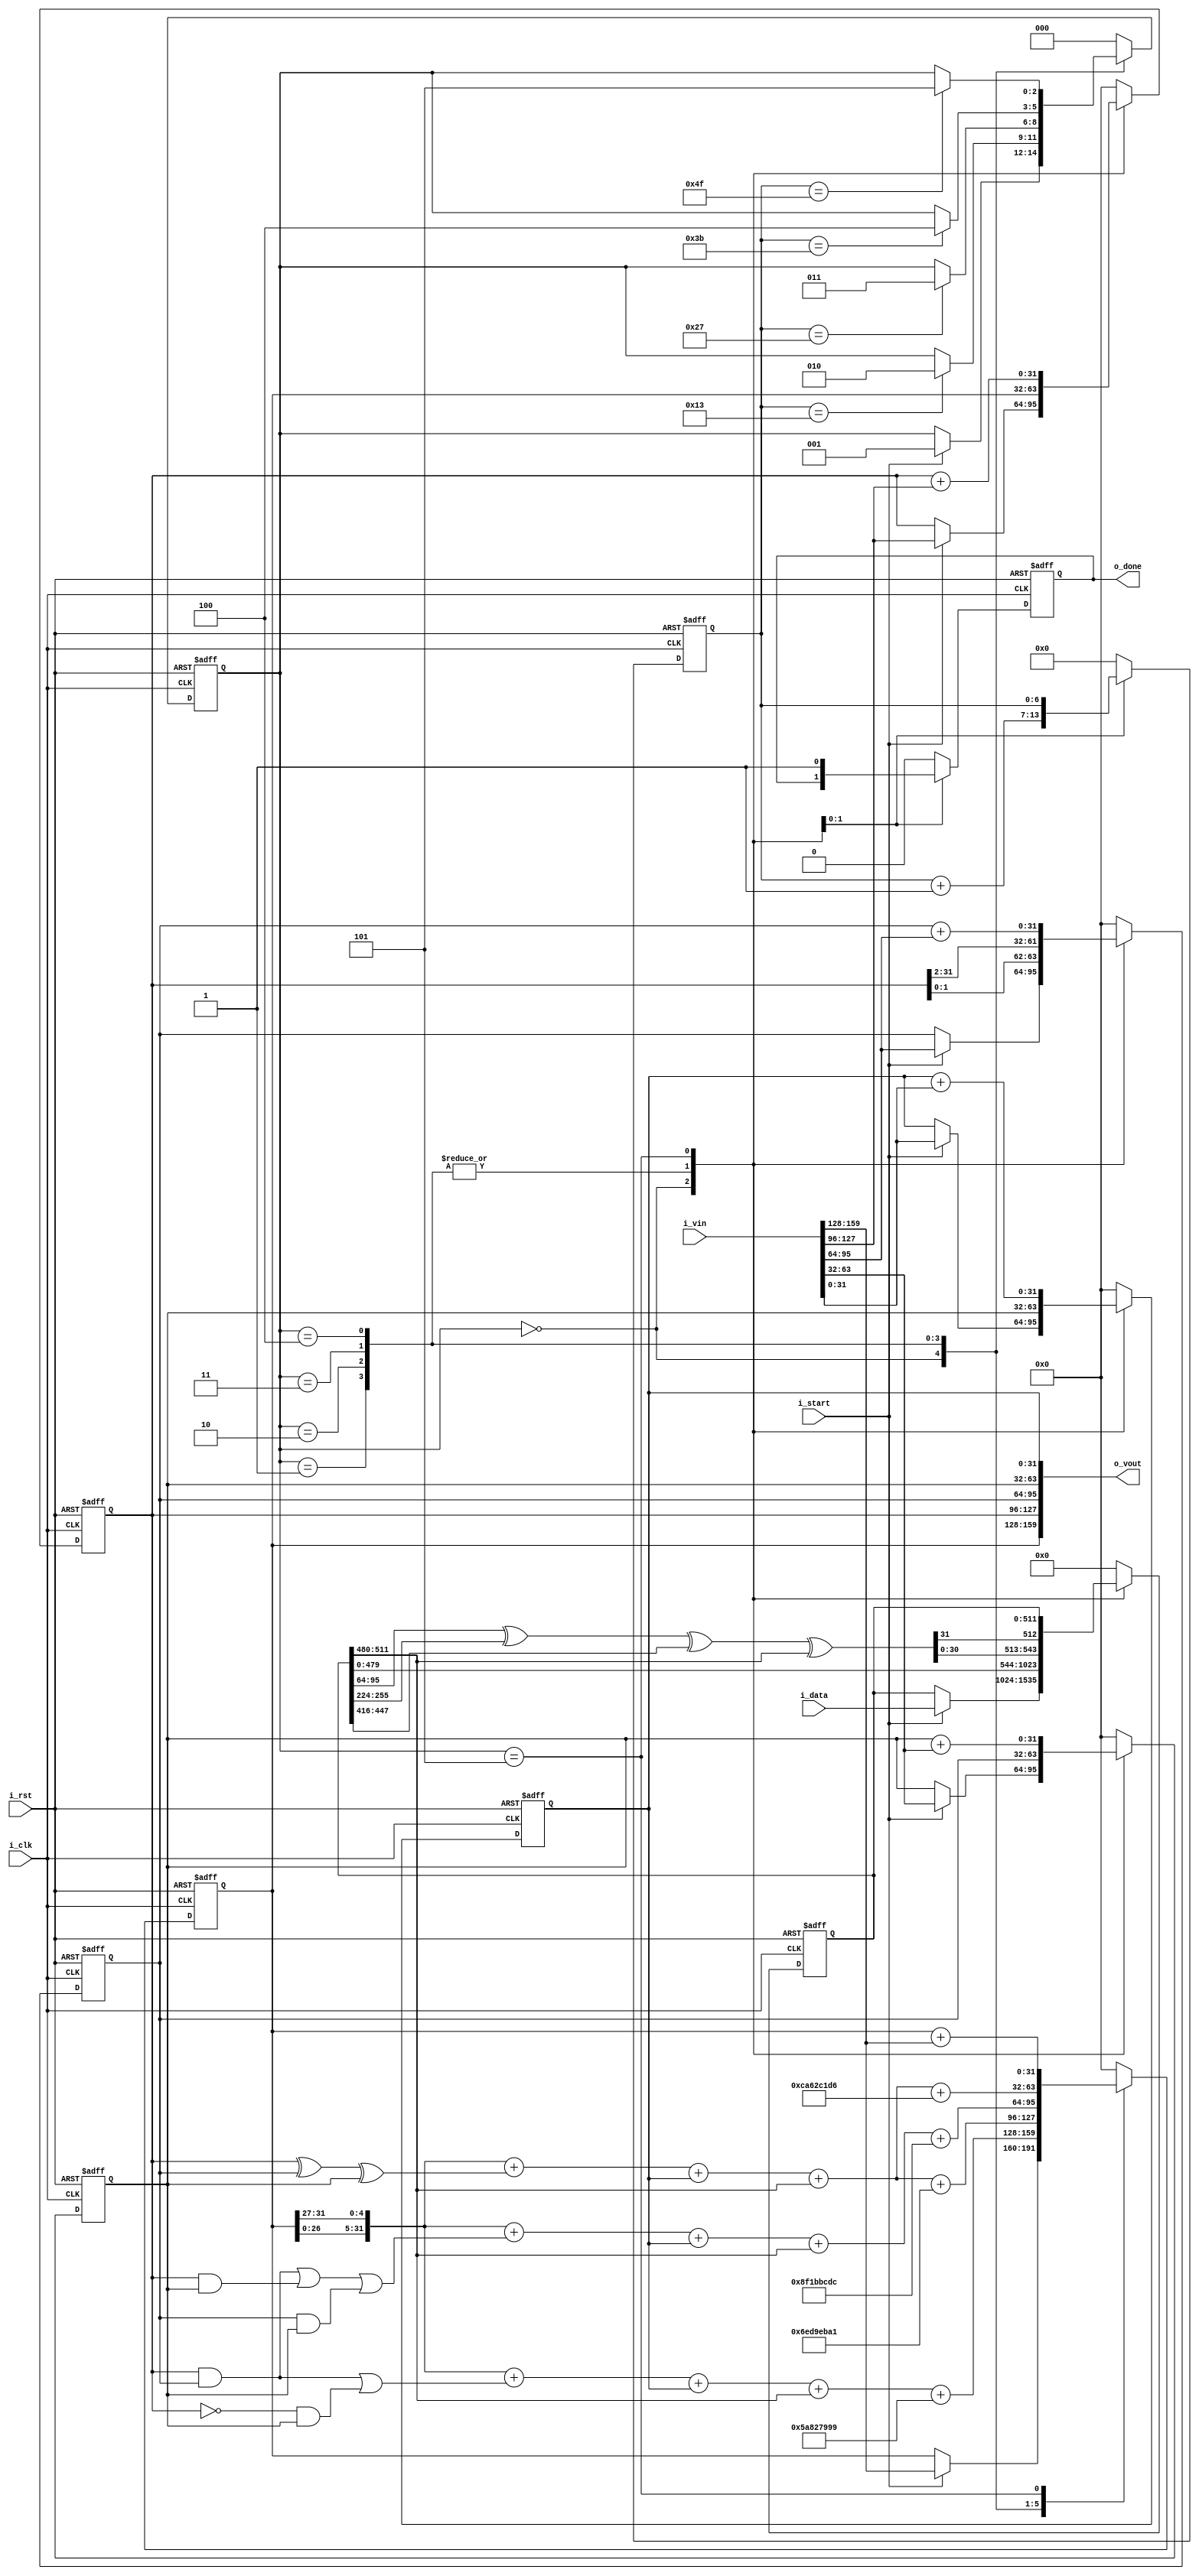
/*  
Copyright 2019 XCrypt Studio                
																	 
Licensed under the Apache License, Version 2.0 (the "License");         
you may not use this file except in compliance with the License.        
You may obtain a copy of the License at                                 
																	 
 http://www.apache.org/licenses/LICENSE-2.0                          
																	 
Unless required by applicable law or agreed to in writing, software    
distributed under the License is distributed on an "AS IS" BASIS,       
WITHOUT WARRANTIES OR CONDITIONS OF ANY KIND, either express or implied.
See the License for the specific language governing permissions and     
limitations under the License.                                          
*/  

// ------------------------------------------------------------------------------
// Function         :   SHA1 Hash Algorithm Core 
// ------------------------------------------------------------------------------
// Version          :   v-1.0
// ------------------------------------------------------------------------------

module sha1_core(	
	input 			i_clk,      //clock 
	input			i_rst,      //reset high valid
	input			i_start,    //high valid(only one clock)
	input	[511:0]	i_data,		//hash data input
	input	[159:0]	i_vin,		//hash init value input(not change before o_done valid)
	output	[159:0]	o_vout,     //hash value output   
	output			o_done);    //high valid(only one clock) 

	localparam K0 = 32'h5A827999;
	localparam K1 = 32'h6ED9EBA1;
	localparam K2 = 32'h8F1BBCDC;
	localparam K3 = 32'hCA62C1D6;
	
	reg 		r_done;
	reg [6:0]	r_count;
	reg [31:0]	r_a,r_b,r_c,r_d,r_e;
	reg [511:0]	r_w;
	reg [2:0]	r_state;
	
	function [31:0]	FF0;
		input	[31:0]	A,B,C,D,E,W,K;
		begin
			FF0 = {A[26:0],A[31:27]} + ((B&C)|((~B)&D)) + E + W + K;
		end
	endfunction

	function [31:0]	FF1;
		input	[31:0]	A,B,C,D,E,W,K;
		begin
			FF1 = {A[26:0],A[31:27]} + (B^C^D) + E + W + K;
		end
	endfunction

	function [31:0]	FF2;
		input	[31:0]	A,B,C,D,E,W,K;
		begin
			FF2 = {A[26:0],A[31:27]} + ((B&C)|(B&D)|(C&D)) + E + W + K;
		end
	endfunction
	
	//SHA1CircularShift(1,W)
	function [31:0] ROL0;
		input [31:0] W;
		begin
			ROL0 = {W[30:0],W[31]};
		end
	endfunction

	always@(posedge i_clk or posedge i_rst) begin
		if(i_rst) begin
			r_done <= 1'b0;
			r_count <= 7'b0;
			r_a <= 32'b0;
			r_b <= 32'b0;
			r_c <= 32'b0;
			r_d <= 32'b0;
			r_e <= 32'b0;
			r_w <= 512'b0;
			r_state <= 3'd0;
		end else begin
			case(r_state)
				3'd0: begin
					r_done <= 1'b0;
					r_count <= 7'b0;
					if(i_start) begin
						r_a <= i_vin[159:128];
						r_b <= i_vin[127:96];
						r_c <= i_vin[95:64];
						r_d <= i_vin[63:32];
						r_e <= i_vin[31:0];	
						r_w <= i_data;
						r_state <= 3'd1;
					end
				end
				3'd1: begin
					r_count <= r_count + 7'b1;
					r_a <= FF0(r_a,r_b,r_c,r_d,r_e,r_w[511:480],K0);
					r_b <= r_a;
					r_c <= {r_b[1:0],r_b[31:2]};
					r_d <= r_c;
					r_e <= r_d;
					r_w <= {r_w[479:0],ROL0(r_w[32*3-1:32*2]^r_w[32*8-1:32*7]^r_w[32*14-1:32*13]^r_w[32*16-1:32*15])};
					if(r_count==7'd19) begin
						r_state <= 3'd2;
					end
				end
				3'd2: begin
					r_count <= r_count + 7'b1;
					r_a <= FF1(r_a,r_b,r_c,r_d,r_e,r_w[511:480],K1);
					r_b <= r_a;
					r_c <= {r_b[1:0],r_b[31:2]};
					r_d <= r_c;
					r_e <= r_d;
					r_w <= {r_w[479:0],ROL0(r_w[32*3-1:32*2]^r_w[32*8-1:32*7]^r_w[32*14-1:32*13]^r_w[32*16-1:32*15])};
					if(r_count==7'd39) begin
						r_state <= 3'd3;
					end				
				end
				3'd3: begin
					r_count <= r_count + 7'b1;
					r_a <= FF2(r_a,r_b,r_c,r_d,r_e,r_w[511:480],K2);
					r_b <= r_a;
					r_c <= {r_b[1:0],r_b[31:2]};
					r_d <= r_c;
					r_e <= r_d;
					r_w <= {r_w[479:0],ROL0(r_w[32*3-1:32*2]^r_w[32*8-1:32*7]^r_w[32*14-1:32*13]^r_w[32*16-1:32*15])};
					if(r_count==7'd59) begin
						r_state <= 3'd4;
					end				
				end			
				3'd4: begin
					r_count <= r_count + 7'b1;
					r_a <= FF1(r_a,r_b,r_c,r_d,r_e,r_w[511:480],K3);
					r_b <= r_a;
					r_c <= {r_b[1:0],r_b[31:2]};
					r_d <= r_c;
					r_e <= r_d;
					r_w <= {r_w[479:0],ROL0(r_w[32*3-1:32*2]^r_w[32*8-1:32*7]^r_w[32*14-1:32*13]^r_w[32*16-1:32*15])};
					if(r_count==7'd79) begin
						r_state <= 3'd5;
					end				
				end
				3'd5: begin
					r_a <= r_a + i_vin[159:128];
					r_b <= r_b + i_vin[127:96];
					r_c <= r_c + i_vin[95:64];
					r_d <= r_d + i_vin[63:32];
					r_e <= r_e + i_vin[31:0];	
					r_done <= 1'b1;
					r_state <= 3'd0;
				end
				default: begin
					r_done <= 1'b0;
					r_count <= 7'b0;
					r_a <= 32'b0;
					r_b <= 32'b0;
					r_c <= 32'b0;
					r_d <= 32'b0;
					r_e <= 32'b0;
					r_w <= 512'b0;
					r_state <= 3'd0;			
				end
			endcase
		end
	end
	
	assign o_vout = {r_a,r_b,r_c,r_d,r_e};
	assign o_done = r_done;

endmodule